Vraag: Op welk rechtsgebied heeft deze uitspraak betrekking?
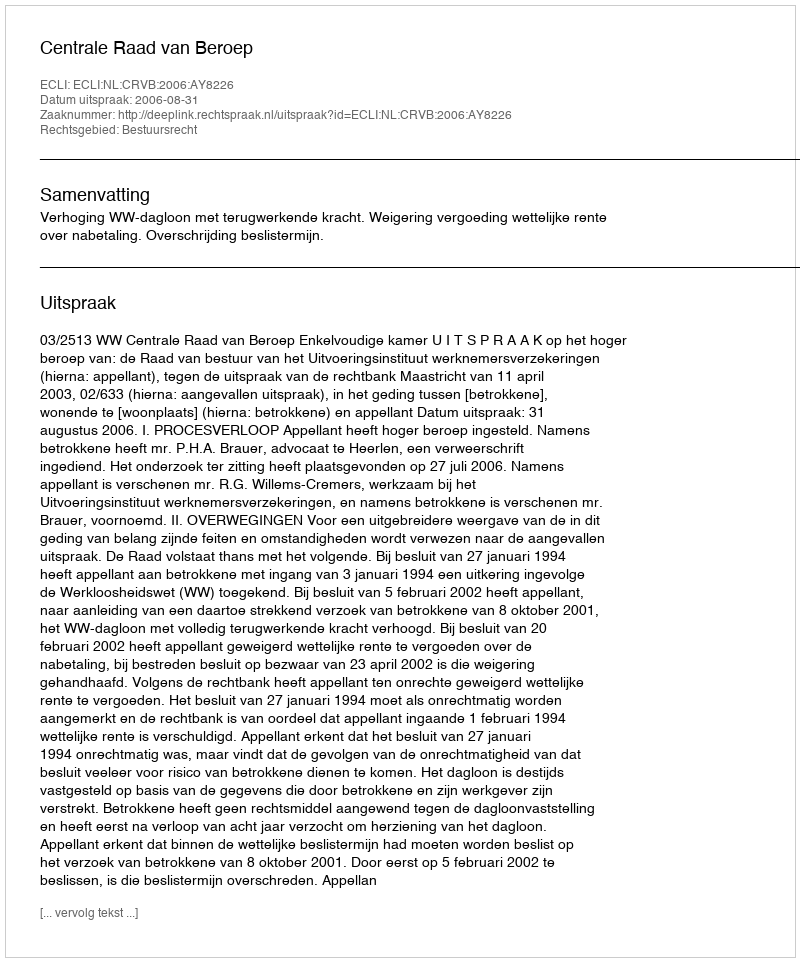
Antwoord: Bestuursrecht